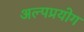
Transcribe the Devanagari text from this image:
अल्पप्रयोग